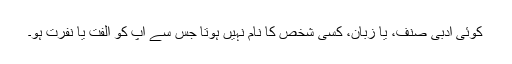
کوئی ادبی صنف، یا زبان، کسی شخص کا نام نہیں ہوتا جس سے آپ کو الفت یا نفرت ہو۔